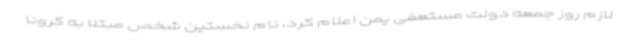
لازم روز جمعه دولت مستعفی یمن اعلام کرد، نام نخستین شخص مبتلا به کرونا